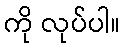
ကို လုပ်ပါ။